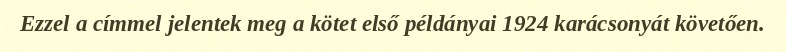
Ezzel a címmel jelentek meg a kötet első példányai 1924 karácsonyát követően.